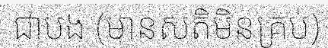
ជាបង (មានសតិមិនគ្រប់)